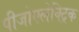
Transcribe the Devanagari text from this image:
पीजोएलेक्ट्रिक